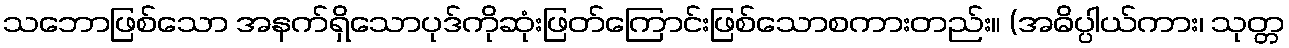
သဘောဖြစ်သော အနက်ရှိသောပုဒ်ကိုဆုံးဖြတ်ကြောင်းဖြစ်သောစကားတည်း။ (အဓိပ္ပါယ်ကား၊ သုတ္တ